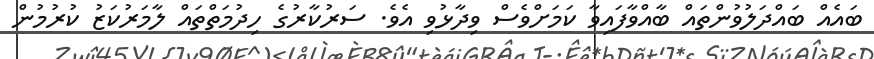
ބައެއް ބައްދަލުވުންތައް ބާއްވާފައިވާ ކަމަށްވެސް ވިދާޅުވި އެވެ. ސަރުކާރުގެ ހިދުމަތްތައް ލާމަރުކަޒު ކުރުމުން